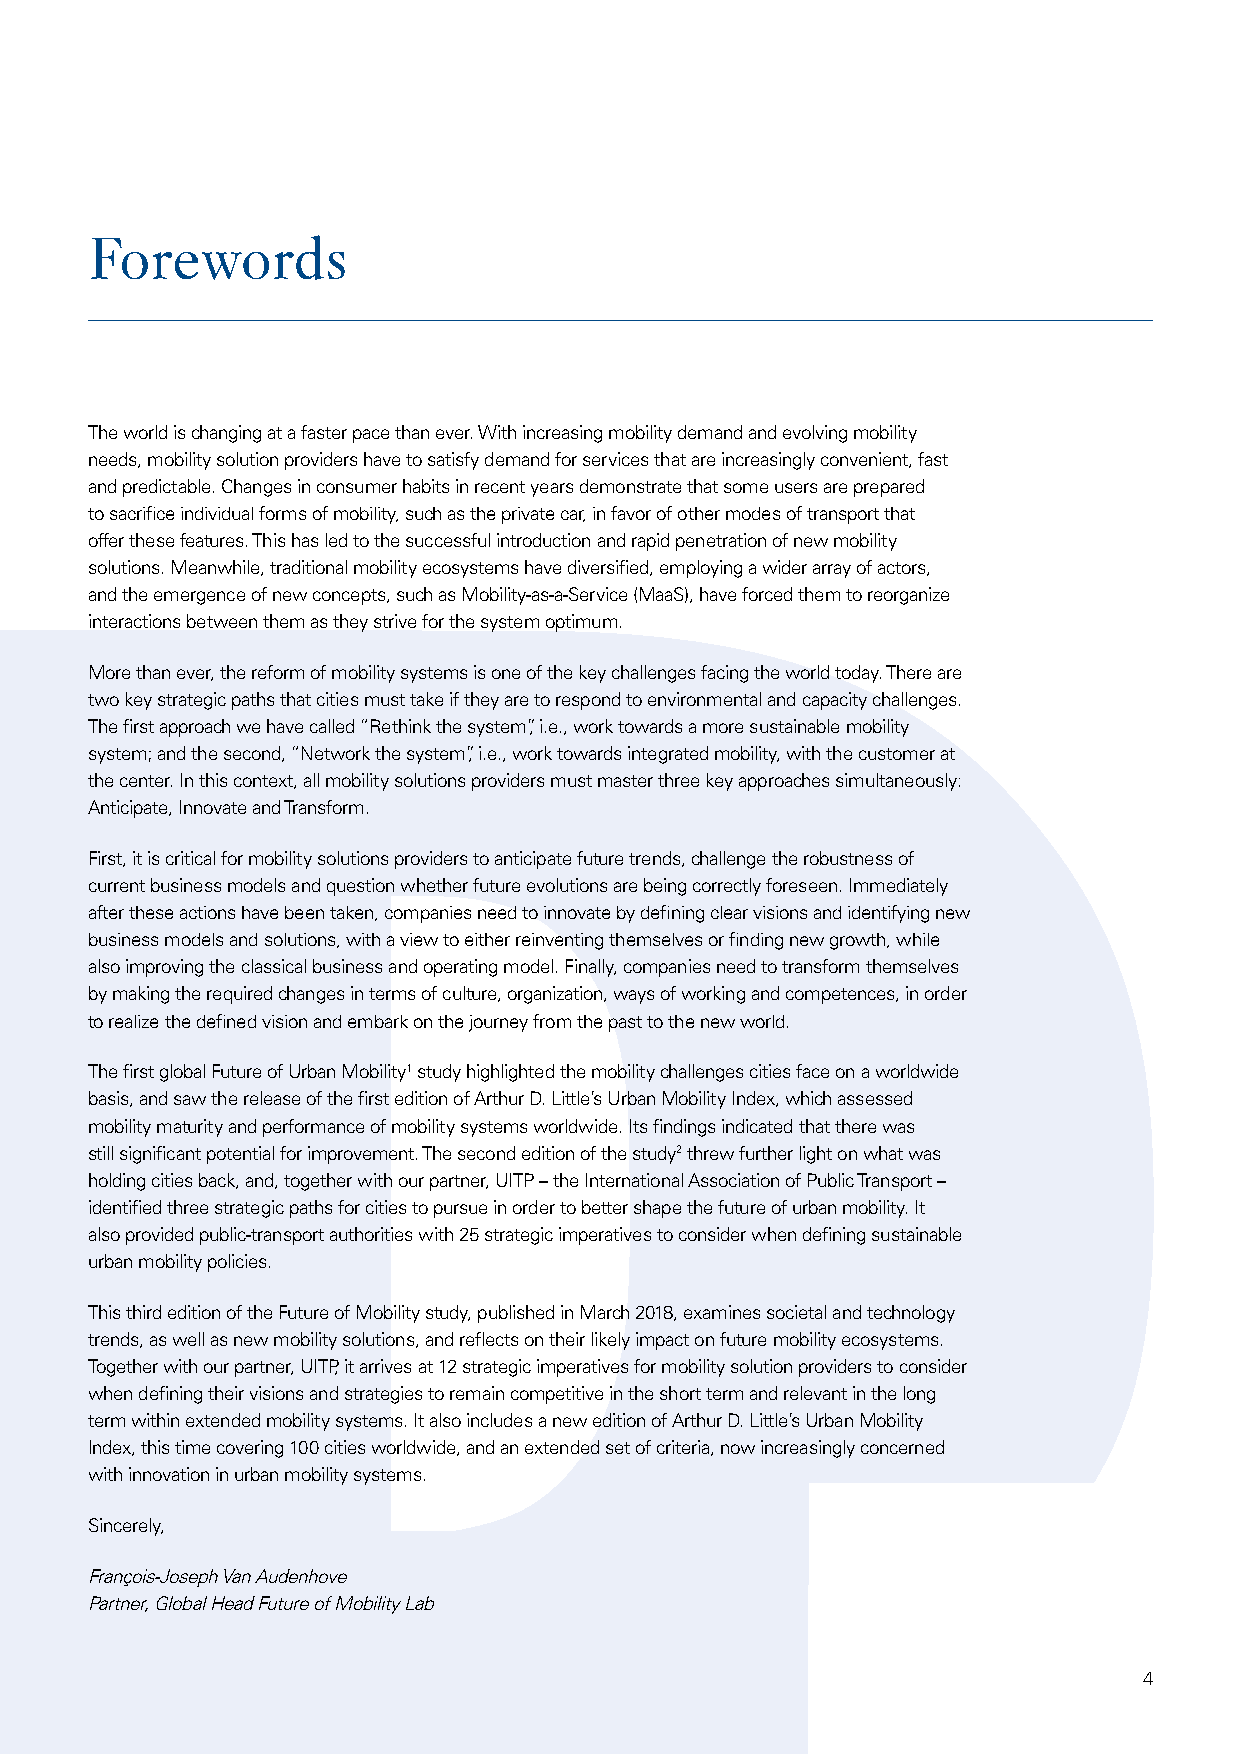
Forewords
 The world is changing at a faster pace than ever. With increasing mobility demand and evolving mobility
 needs, mobility solution providers have to satisfy demand for services that are increasingly convenient, fast
 and predictable. Changes in consumer habits in recent years demonstrate that some users are prepared
 to sacrifice individual forms of mobility, such as the private car, in favor of other modes of transport that
 offer these features. This has led to the successful introduction and rapid penetration of new mobility
 solutions. Meanwhile, traditional mobility ecosystems have diversified, employing a wider array of actors,
 and the emergence of new concepts, such as Mobility-as-a-Service (MaaS), have forced them to reorganize
 interactions between them as they strive for the system optimum.
 More than ever, the reform of mobility systems is one of the key challenges facing the world today. There are
 two key strategic paths that cities must take if they are to respond to environmental and capacity challenges.
 The first approach we have called “Rethink the system”, i.e., work towards a more sustainable mobility
 system; and the second, “Network the system”, i.e., work towards integrated mobility, with the customer at
 the center. In this context, all mobility solutions providers must master three key approaches simultaneously:
 Anticipate, Innovate and Transform.
 First, it is critical for mobility solutions providers to anticipate future trends, challenge the robustness of
 current business models and question whether future evolutions are being correctly foreseen. Immediately
 after these actions have been taken, companies need to innovate by defining clear visions and identifying new
 business models and solutions, with a view to either reinventing themselves or finding new growth, while
 also improving the classical business and operating model. Finally, companies need to transform themselves
 by making the required changes in terms of culture, organization, ways of working and competences, in order
 to realize the defined vision and embark on the journey from the past to the new world.
 The first global Future of Urban Mobility1 study highlighted the mobility challenges cities face on a worldwide
 basis, and saw the release of the first edition of Arthur D. Little’s Urban Mobility Index, which assessed
 mobility maturity and performance of mobility systems worldwide. Its findings indicated that there was
 still significant potential for improvement. The second edition of the study2 threw further light on what was
 holding cities back, and, together with our partner, UITP – the International Association of Public Transport –
 identified three strategic paths for cities to pursue in order to better shape the future of urban mobility. It
 also provided public-transport authorities with 25 strategic imperatives to consider when defining sustainable
 urban mobility policies.
 This third edition of the Future of Mobility study, published in March 2018, examines societal and technology
 trends, as well as new mobility solutions, and reflects on their likely impact on future mobility ecosystems.
 Together with our partner, UITP, it arrives at 12 strategic imperatives for mobility solution providers to consider
 when defining their visions and strategies to remain competitive in the short term and relevant in the long
 term within extended mobility systems. It also includes a new edition of Arthur D. Little’s Urban Mobility
 Index, this time covering 100 cities worldwide, and an extended set of criteria, now increasingly concerned
 with innovation in urban mobility systems.
 Sincerely,
 François-Joseph Van Audenhove
 Partner, Global Head Future of Mobility Lab
 4